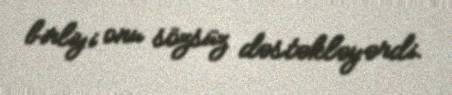
birliyi onu sözsüz dəstəkləyərdi.